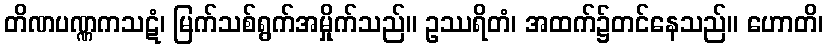
တိဏပဏ္ဏကသဋံ၊ မြက်သစ်ရွက်အမှိုက်သည်။ ဥဿရိတံ၊ အထက်၌တင်နေသည်။ ဟောတိ၊